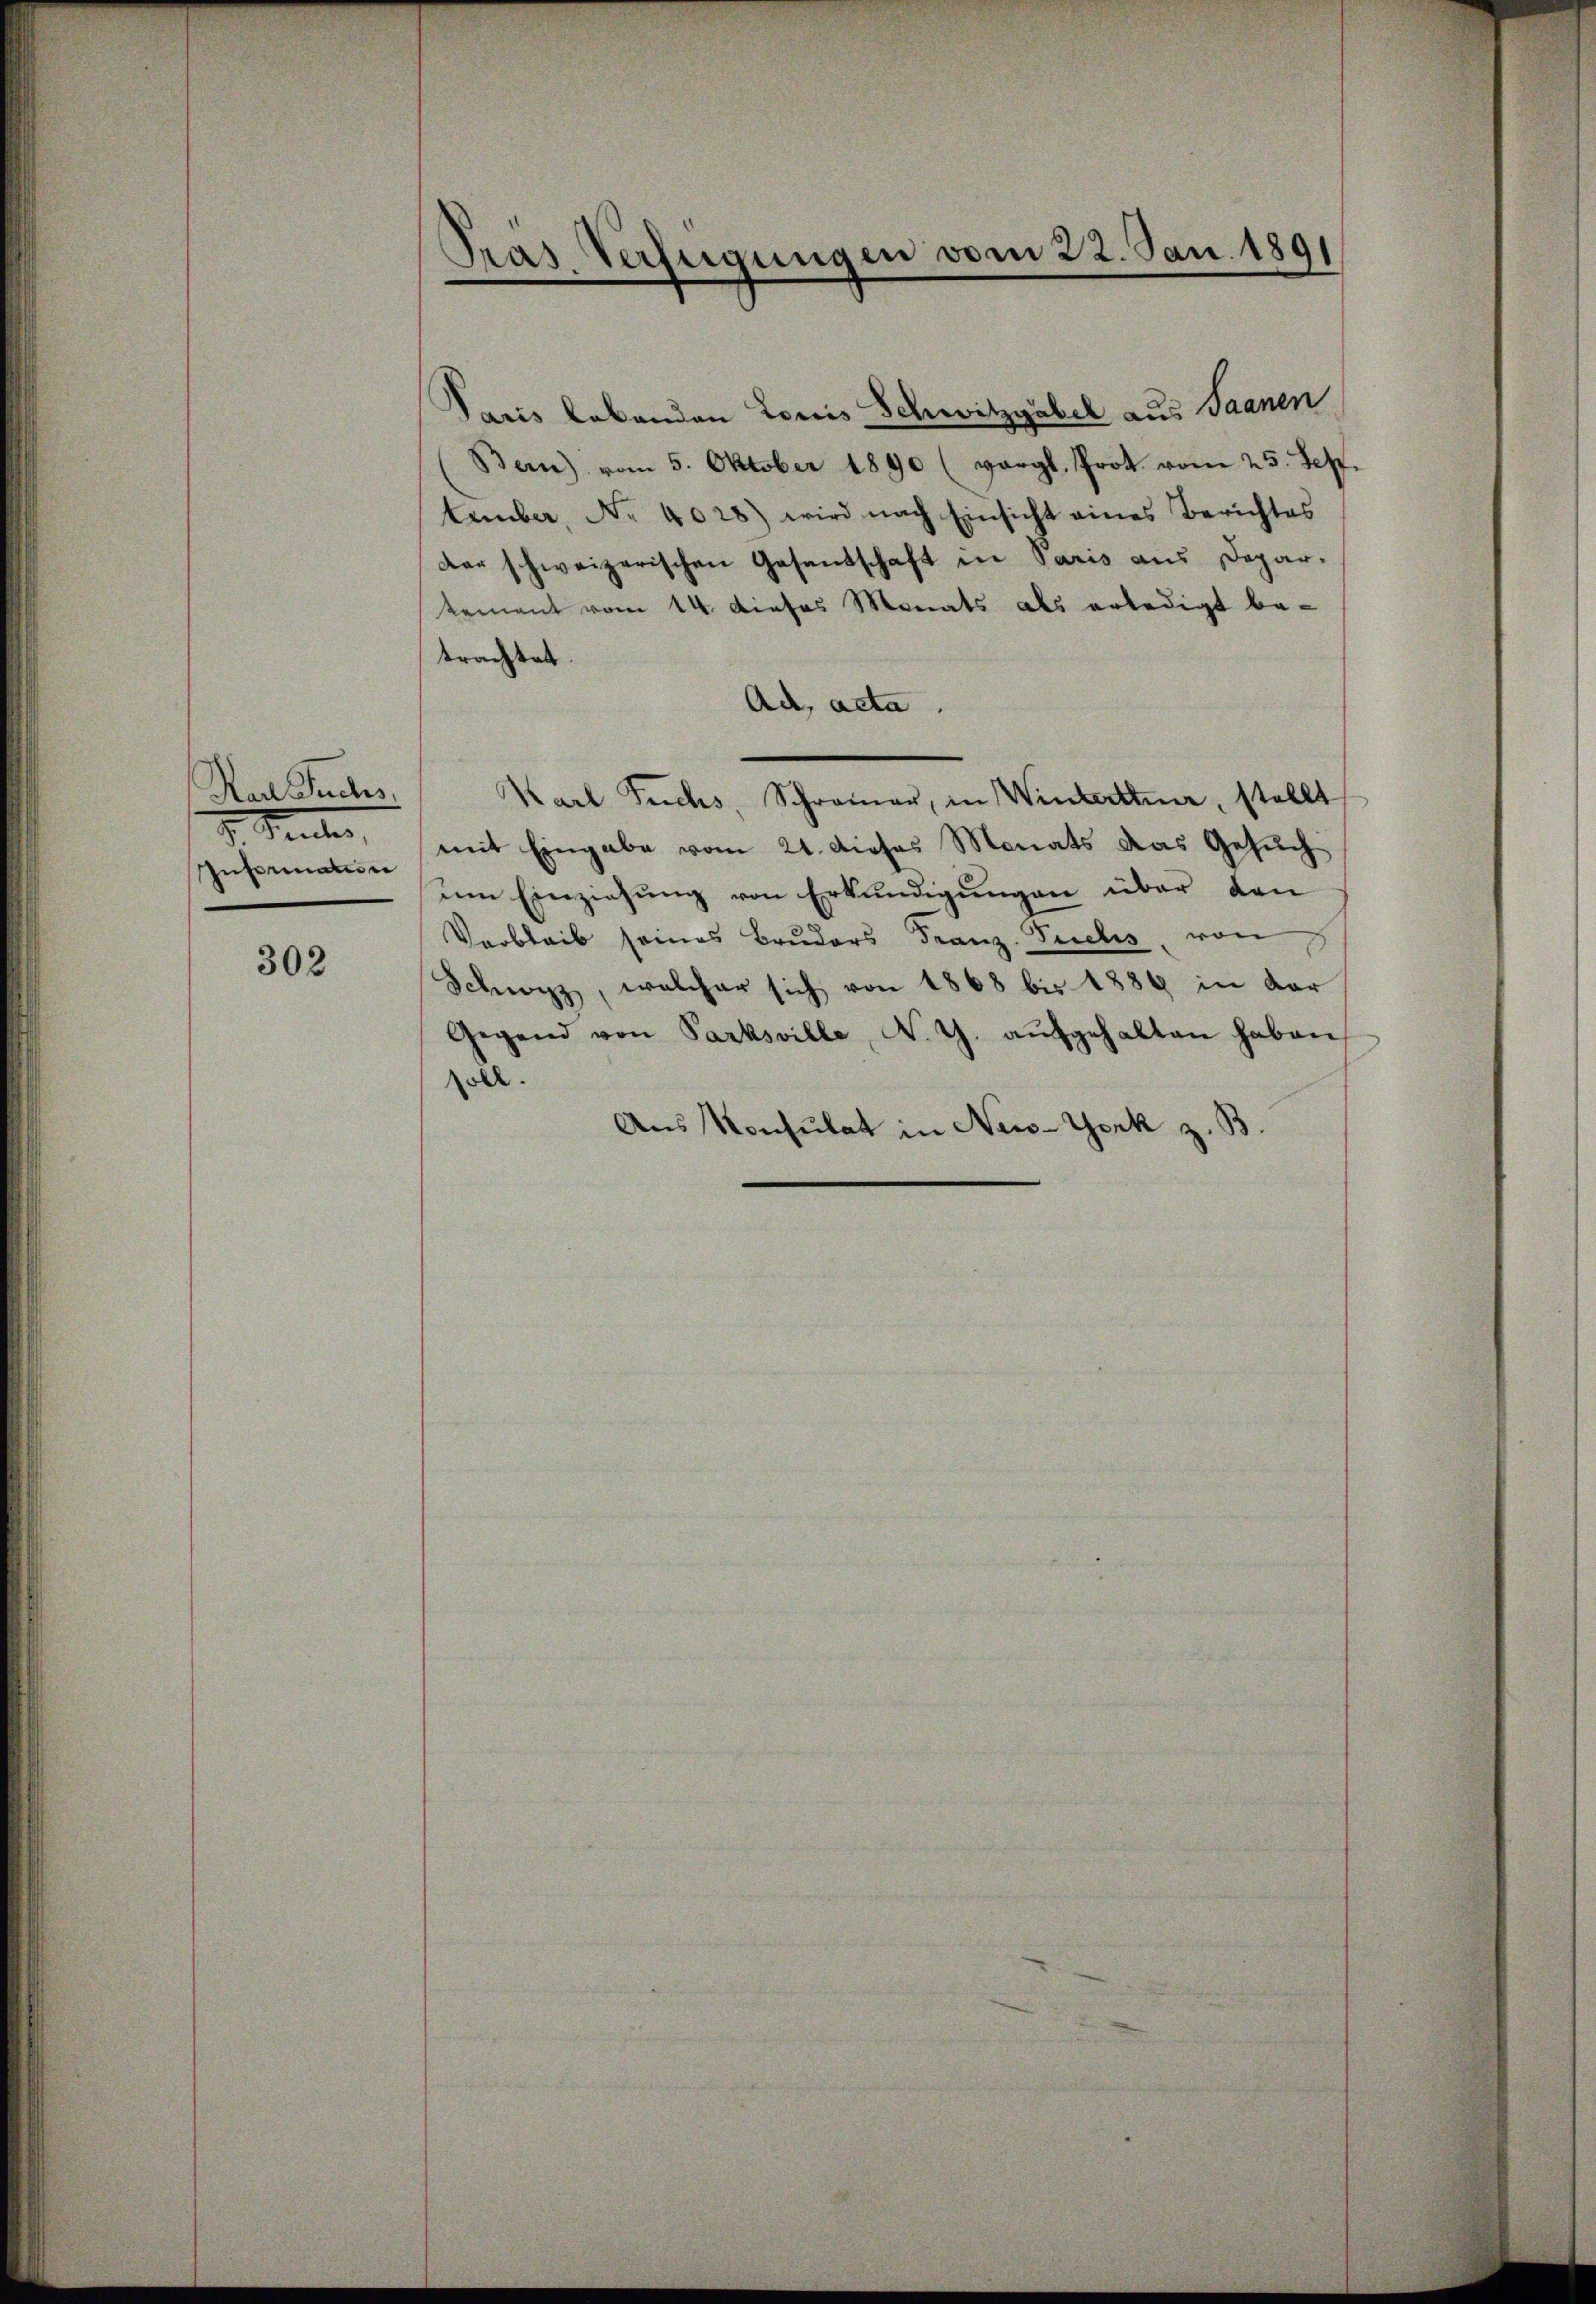
Rad Fuchs,
I. Seiter,
Information

302

Pras Verfügungen vom 22. Jan. 1891

Paris Labanden Louis Schwitzgäbel aus Saanen
Bern) vom 5. Oktober 1890 (vergl. Prot. vom 25. Sept.
tember, No 4028) wird nach Einsicht eines Berichtes
der schweizerischen Gesandschaft in Paris aus Depar-
kement vom 14. Dieses Monats als erledigt be-
trachtet.
Ad acta.
Karl Fuchs, Schromer, in Winterthur, stellt
mit Eingabe vom 21. dieses Monats das Gesuch
um Einziehung von Erkundigungen über den
Verbleib seines Bruders Franz-Suches, von
Schwyz, welcher sich von 1868 bis 1889 in dar
Gegend von Parksville, N. G. aŭfgehalten haben
oll.
Aus Konsulat in New-York z. B.